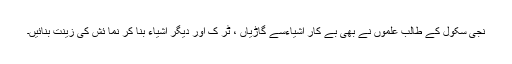
نجی سکول کے طالب علموں نے بھی بے کار اشیاءسے گاڑیاں ، ٹر ک اور دیگر اشیاء بنا کر نما ئش کی زینت بنائیں۔